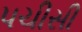
પચીસી